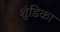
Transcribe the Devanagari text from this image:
शुंडिका